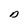
Character: D